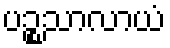
ပဉ္စသာလာယံ